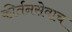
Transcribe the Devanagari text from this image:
कीर्तनसेवाच